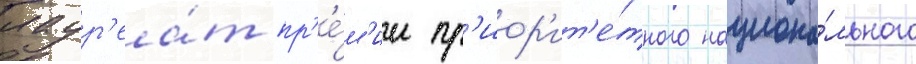
лаур'еа́т пр'е́м'ии пр'иор'ит'е́тного национа́льного